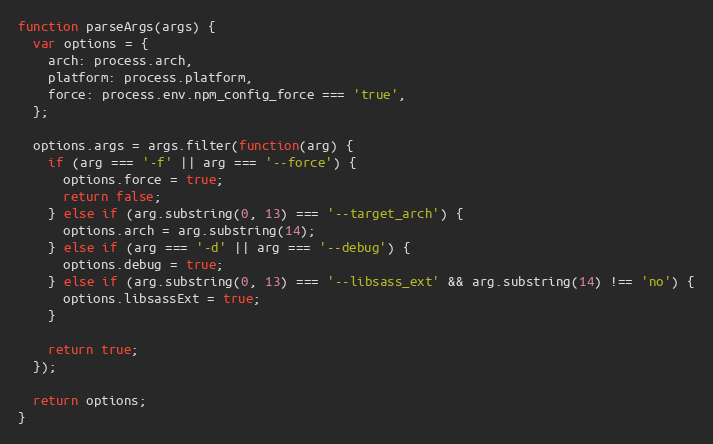
Language: JavaScript
function parseArgs(args) {
  var options = {
    arch: process.arch,
    platform: process.platform,
    force: process.env.npm_config_force === 'true',
  };

  options.args = args.filter(function(arg) {
    if (arg === '-f' || arg === '--force') {
      options.force = true;
      return false;
    } else if (arg.substring(0, 13) === '--target_arch') {
      options.arch = arg.substring(14);
    } else if (arg === '-d' || arg === '--debug') {
      options.debug = true;
    } else if (arg.substring(0, 13) === '--libsass_ext' && arg.substring(14) !== 'no') {
      options.libsassExt = true;
    }

    return true;
  });

  return options;
}